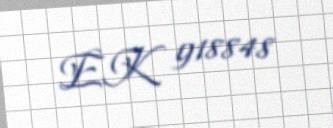
EK 918848